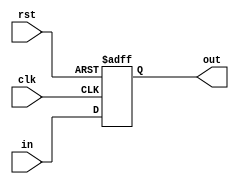
module bit_3_reg (in , clk , rst , out);
input [2:0]in;
input clk;
input rst;
output reg [2:0]out;
always@(posedge rst or posedge clk)
begin
    if(rst)
        out <= 3'b 000;
    else
        out <= in;
end
endmodule